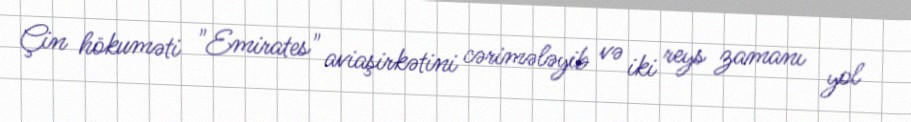
Çin hökuməti "Emirates" aviaşirkətini cərimələyib və iki reys zamanı yol